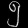
Digit: ၅